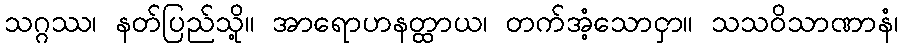
သဂ္ဂဿ၊ နတ်ပြည်သို့။ အာရောဟနတ္ထာယ၊ တက်အံ့သောငှာ။ သသဝိသာဏာနံ၊